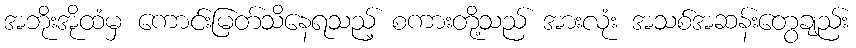
အဘိုးအိုထံမှ ကောင်းမြတ်သိနေရသည့် စကားတို့သည် အားလုံး အသစ်အဆန်းတွေချည်း